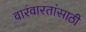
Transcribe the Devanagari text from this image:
वारंवारतांसाठी